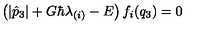
\left( | \hat { p } _ { 3 } | + G \hbar \lambda _ { ( i ) } - E \right) f _ { i } ( q _ { 3 } ) = 0